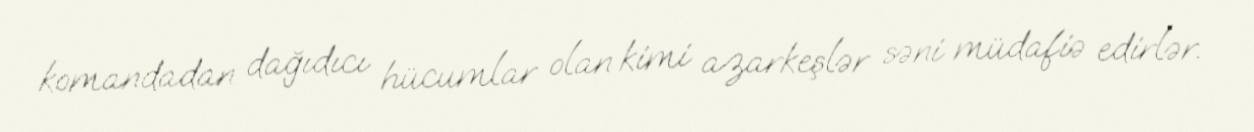
komandadan dağıdıcı hücumlar olan kimi azarkeşlər səni müdafiə edirlər.